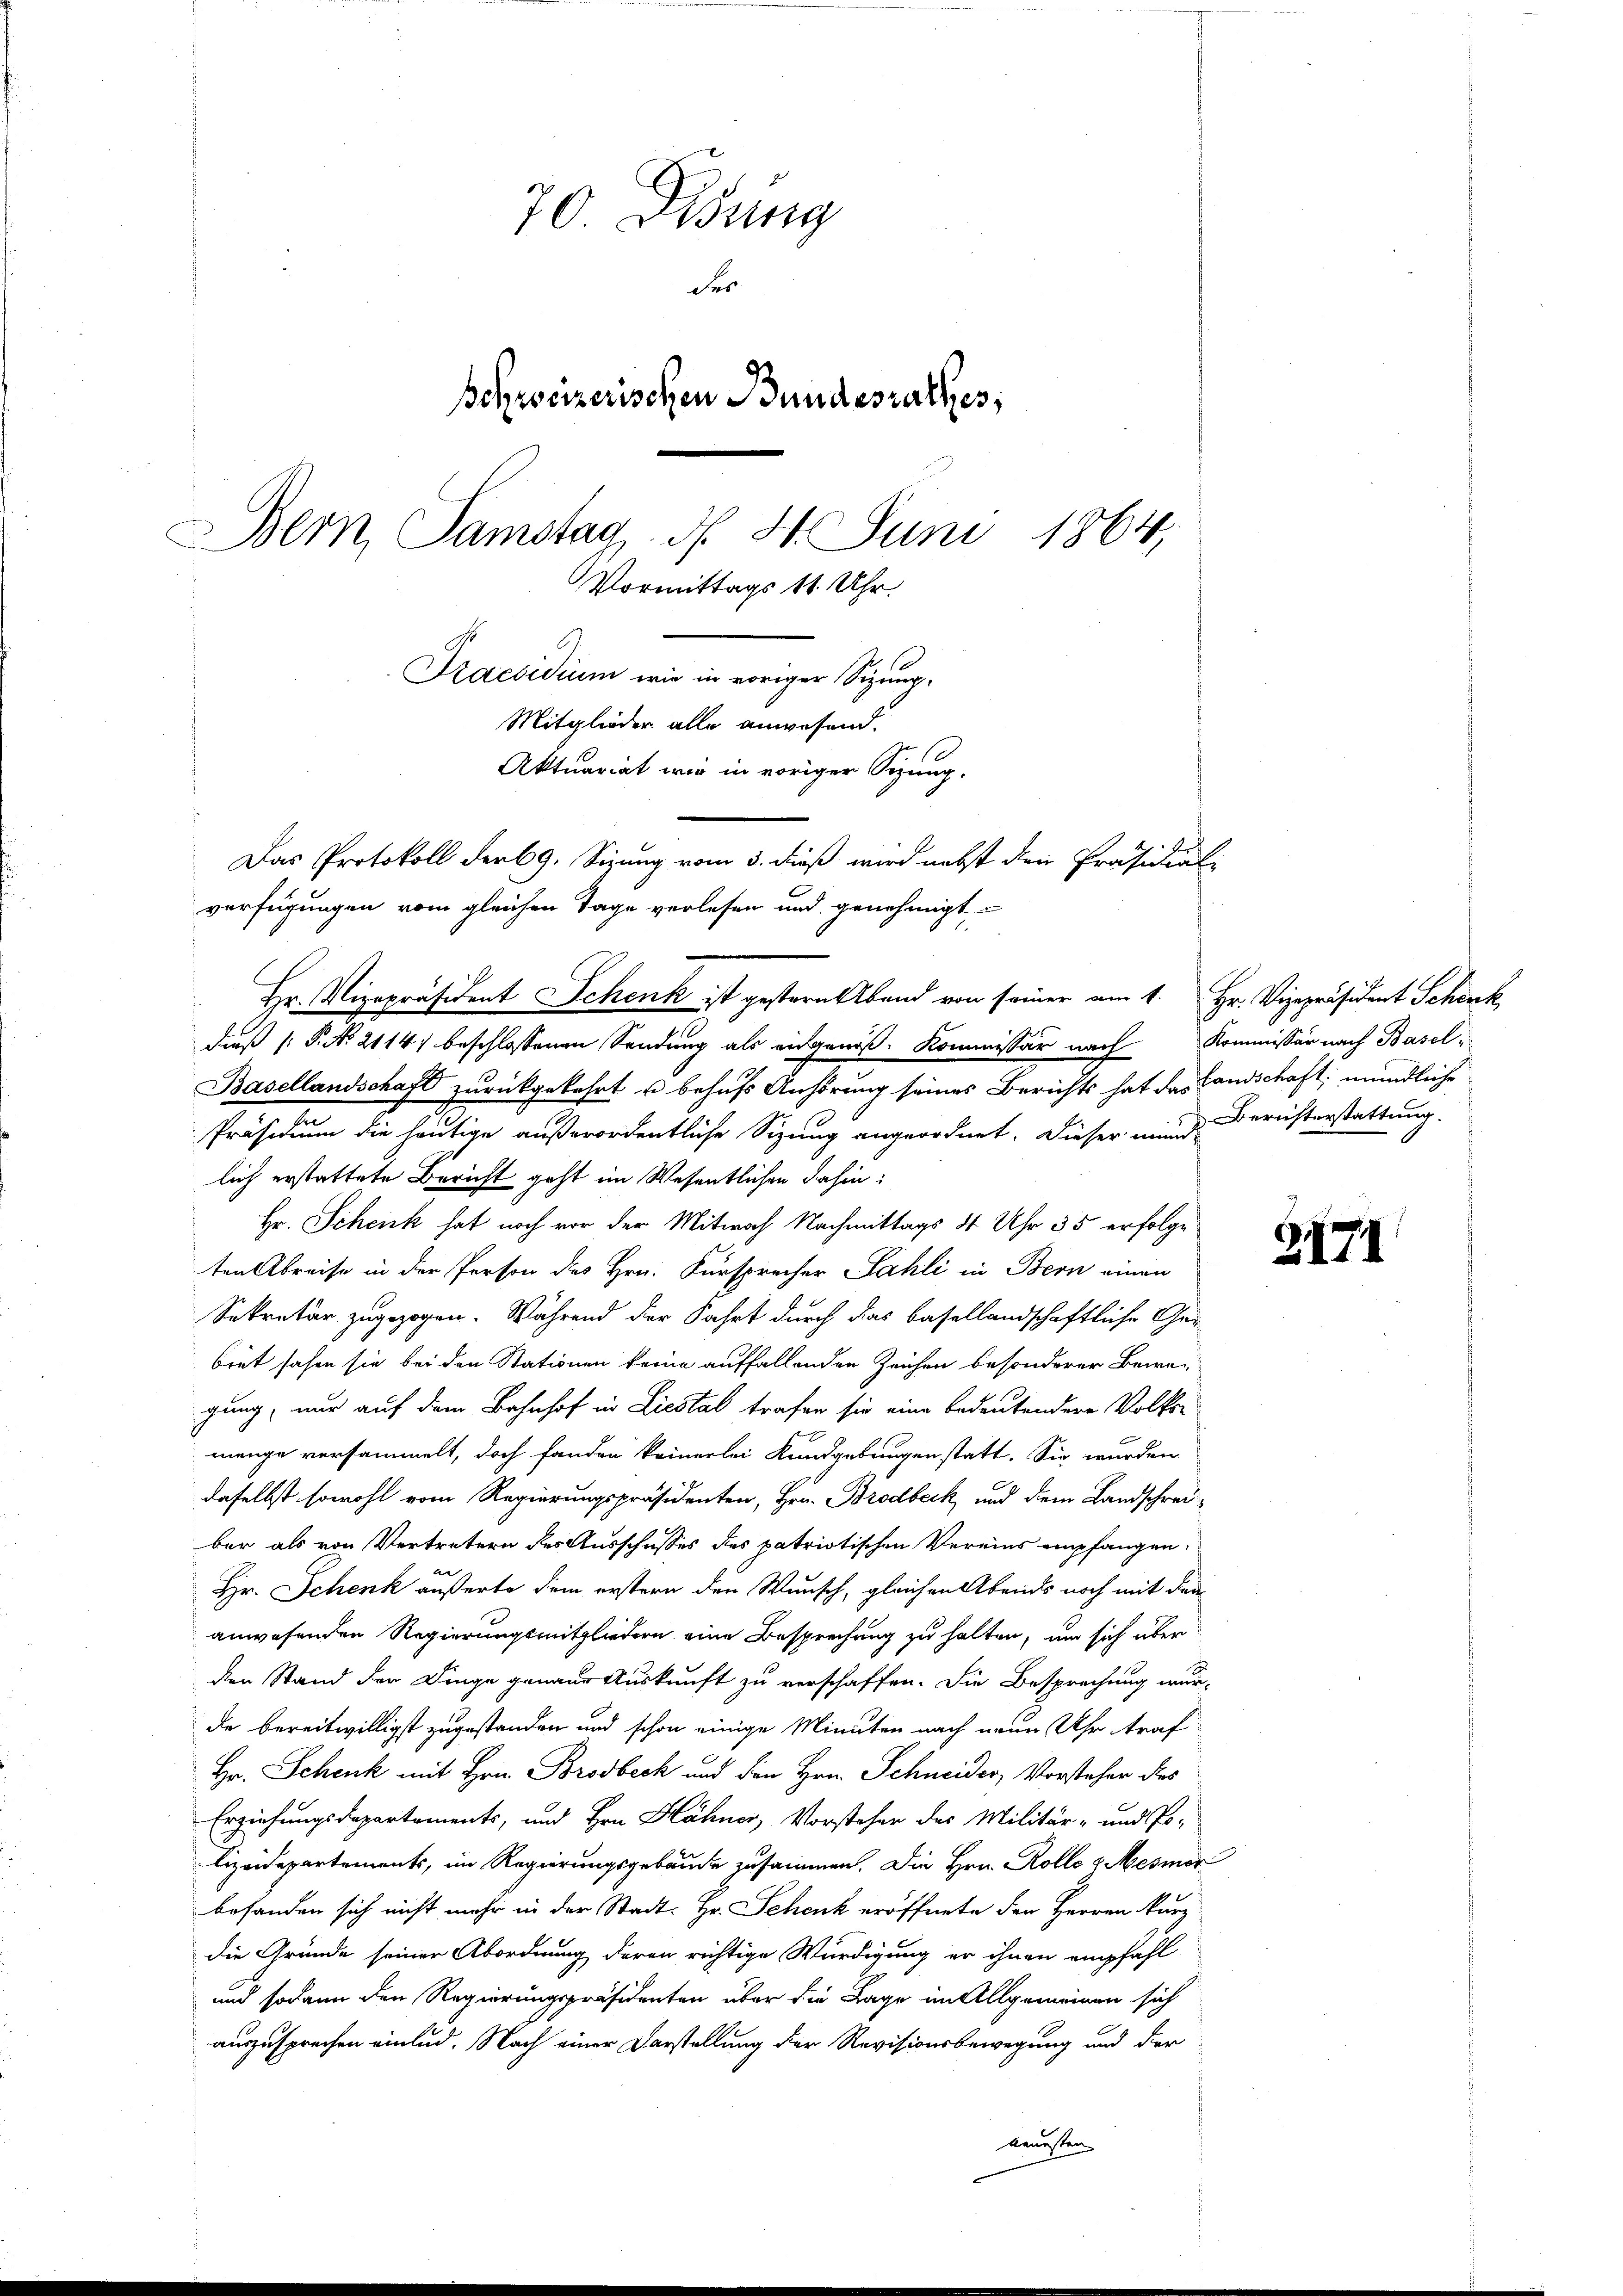
70. Disung
der
Bohweizerischen Bundesrathes;
Bern, Samstag d. 4. Juni 1864,
Vormittags 11 Uhr.
Praesidium wie in voriger Sitzung.
Mitglieder alle anwesend.
Aktuariat wir in voriger Sizung.
Das Protokoll der 69. Sizung vom 3. dieß wird nebst den Präsidial-
verfügungen vom gleichen Tage verlesen und genehmigt

dieß P. No. 2114) beschlossenen Sendung als eidgenöß. Kommissär nach Kommissär nach Basel¬
Basellandschaft zurückgekehrt u behufs Anhörung seines Berichts hat des Landschaft, mündliche
Präsidium die heutige außerordentliche Sizung angeordnet. Dieser mund Berichterstattung.
lich erstattete Bericht geht im Wesentlichen dahin:
Hr. Scheick hat noch vor der Mitwoch Nachmittags 4 Uhr 35 erfolgeten Abreise in der Person des Hrn. Fürsprecher Sahli in Bern einen
Sekretär zugezogen. Während der Fahrt durch das basellandschaftliche Ge-
biet sahen sie bei den Stationen keine auffallenden Zeichen besonderer Bewe-
gung, nur auf dem Bahnhof in Liestal trafen sie eine bedeutendere Volks-
menge versammelt, doch fanden keinerlei Kundgebungen statt. Sie wurden
daselbst sowohl vom Regierungspräsidenten, Hrn. Brodbeck, und dem Landschreiber als von Vertretern des Ausschusses des patriotischen Vereins empfangen.
Hr. Schenk äußerte dem erstern den Wunsch, gleichen Abends noch mit den
anwesenden Regierungsmitgliedern eine Besprechung zu halten, um sich über
den Stand der Dinge genaue Auskunft zu verschaffen. Die Besprechung wur-
de bereitwilligst zugestanden und schon einige Minuten nach neun Uhr traf
Hr. Schenk mit Hrn. Brodbeck und den Hrn. Schneider, Vorsteher des
Erziehungsdepartements, und Hrn. Hähner, Vorsteher des Militär- und Po-
lizeidepartements, im Regierungsgebäude zusammen. Die Hrn. Rollo 1 Mesmer
befanden sich nicht mehr in der Stadt. Hr. Schenk eröffnete der Herren kurz
die Gründe seiner Abordnung deren richtige Würdigung er ihnen empfahl
und sodann den Regierungspräsidenten über die Lage im Allgemeinen sich
auszusprechen einlud. Nach einer Darstellung der Revisionsbewegung und der
kaunsten

Hr. Vizepräsident Schenk ist gestern Abend von seiner am 1. Hr. Vizepräsident Schenk

Z 171